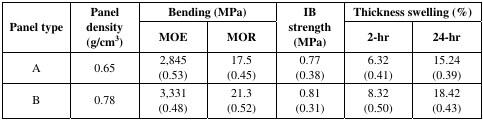
| <ROWSPAN=2> Panel type | <ROWSPAN=2> Panel density (g/cm3) | <COLSPAN=2> Bending (MPa) | <ROWSPAN=2> IB strength (MPa) | <COLSPAN=2> Thickness swelling (%) |
 | MOE | MOR | 2-hr | 24-hr |
 | --- | --- | --- | --- | --- | --- | --- |
 | A | 0.65 | 2,845 (0.53) | 17.5 (0.45) | 0.77 (0.38) | 6.32 (0.41) | 15.24 (0.39) |
 | B | 0.78 | 3,331 (0.48) | 21.3 (0.52) | 0.81 (0.31) | 8.32 (0.50) | 18.42 (0.43) |